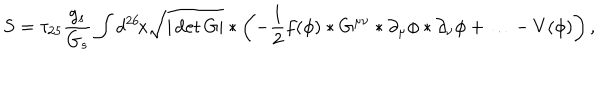
LaTeX: S = \tau _ { 2 5 } \frac { g _ { s } } { G _ { s } } \int d ^ { 2 6 } \! x \sqrt { | \det G | } * \left( - \frac { 1 } { 2 } f ( \phi ) * G ^ { \mu \nu } * \partial _ { \mu } \phi * \partial _ { \nu } \phi + \ldots - V ( \phi ) \right) ,